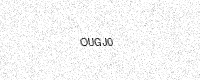
Text: OUGJ0